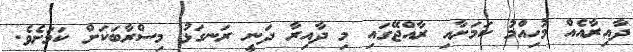
ދާއިރާއެއް މުހިއްމު ކަމަށާއި ރާއްޖޭގައި މި ދާއިރާ ދަނީ ރަނގަޅު މިސްރާބަކަށް ކަމަށެވެ.